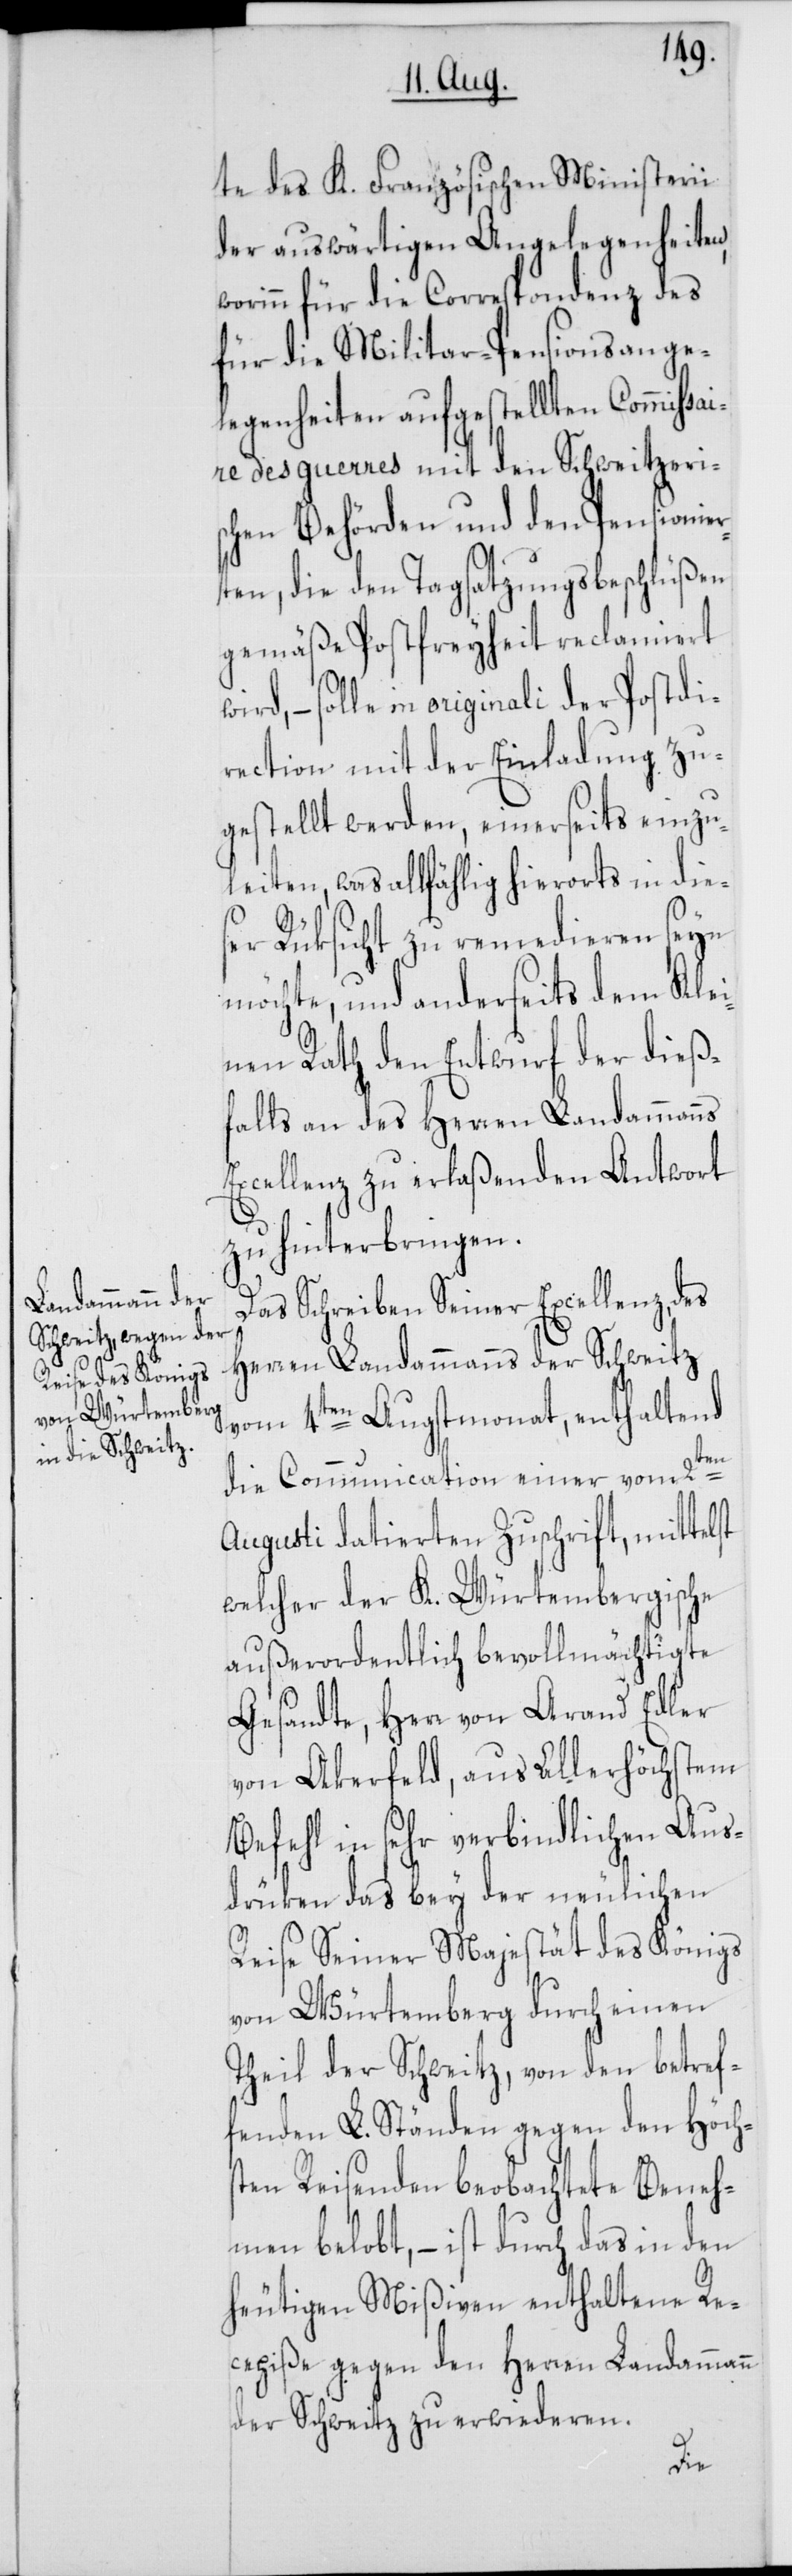
des K. Französischen Ministerii
der auswärtigen Angelegenheiten,
worinn für die Correspondenz des
für die Militar-Pensionsange¬
legenheiten aufgestellten Commiss¬
aire des guerres mit den Schweitzeri¬
schen Behörden und den Pensionier¬
ten, die den Tagsatzungsbeschlüßen
gemäße Postfreyheit reclamiert
wird, – solle in originali der Postdi¬
rection mit der Einladung zu¬
gestellt werden, einerseits einzu¬
leiten, was allfählig hierorts in die¬
ser Rüksicht zu remedieren seyn
möchte, und anderseits dem Klei¬
nen Rath den Entwurf der dieß¬
falls an des Herren Landammanns
Excellenz zu erlaßenden Antwort
zu hinterbringen.
Das Schreiben Seiner Excellenz, des
Herren Landammanns der Schweitz
vom 4ten Augstmonat, enthaltend
die Communication einer vom 2ten
Augusti datierten Zuschrift, mittel¬
welcher der K. Würtembergische
außerordentlich bevollmächtigte
Gesandte, Herr von Arand, Edler
von Akerfeld, aus allerhöchstem
Befehl in sehr verbindlichen Aus¬
drüken das bey der neulichen
Reise Seiner Majestät des Königs
von Würtemberg durch einen
Theil der Schweitz, von den betref¬
fenden L. Ständen gegen den Höchs¬
ten Reisenden beobachtete Beneh¬
men belobt, – ist durch das in den
heutigen Mißiven enthaltene Re¬
cepiße gegen den Herren Landammann
der Schweitz zu erwiederen.
st